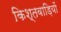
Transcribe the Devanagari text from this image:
किश्तवाड़ियों